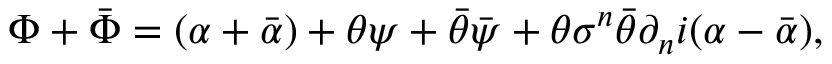
\Phi + \bar { \Phi } = ( \alpha + \bar { \alpha } ) + \theta \psi + \bar { \theta } \bar { \psi } + \theta \sigma ^ { n } \bar { \theta } \partial _ { n } i ( \alpha - \bar { \alpha } ) ,